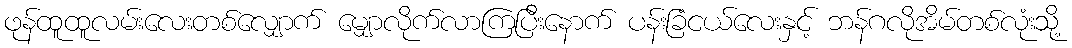
ဖုန်ထူထူလမ်းလေးတစ်လျှောက် မျှောလိုက်လာကြပြီးနောက် ပန်းခြံငယ်လေးနှင့် ဘန်ဂလိုအိမ်တစ်လုံးသို့